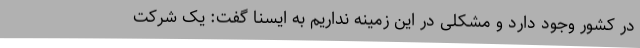
در کشور وجود دارد و مشکلی در این زمینه نداریم به ایسنا گفت: یک شرکت